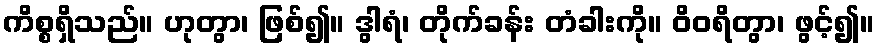
ကိစ္စရှိသည်။ ဟုတွာ၊ ဖြစ်၍။ ဒွါရံ၊ တိုက်ခန်း တံခါးကို။ ဝိဝရိတွာ၊ ဖွင့်၍။